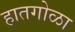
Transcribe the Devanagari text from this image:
हातगोळा